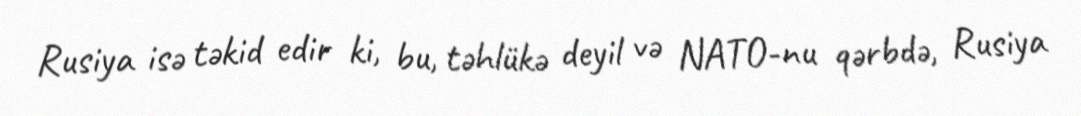
Rusiya isə təkid edir ki, bu, təhlükə deyil və NATO-nu qərbdə, Rusiya